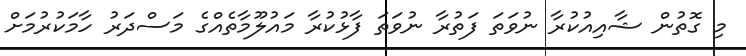
މި ގޮތުން ޝާއިއުކުރާ ނުވަތަ ފަތުރާ ނުވަތަ ފާޅުކުރާ މައުލޫމާތެއްގެ މަސްދަރު ހާމަކުރުމަށް